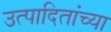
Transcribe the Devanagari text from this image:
उत्पादितांच्या